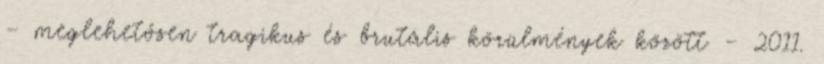
– meglehetősen tragikus és brutális körülmények között – 2011.